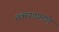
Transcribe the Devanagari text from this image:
तक्त्याप्रमाणे